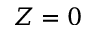
Z = 0